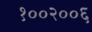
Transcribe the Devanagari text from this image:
१००२००६